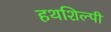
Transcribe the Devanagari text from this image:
हथशिल्पी